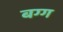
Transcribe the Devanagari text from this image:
बग्ग